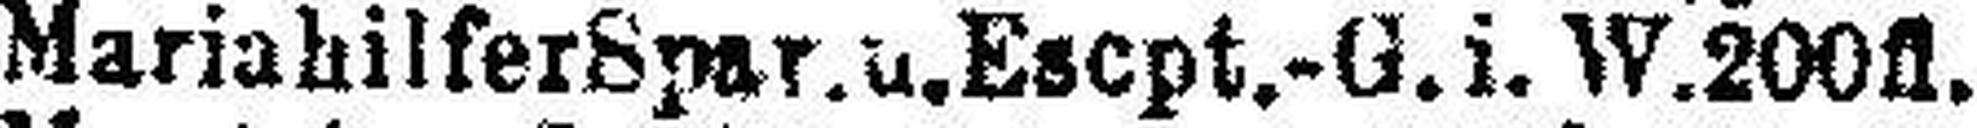
Mariahilfer Spar. u. Escpt.-G.i. W. 200fl.